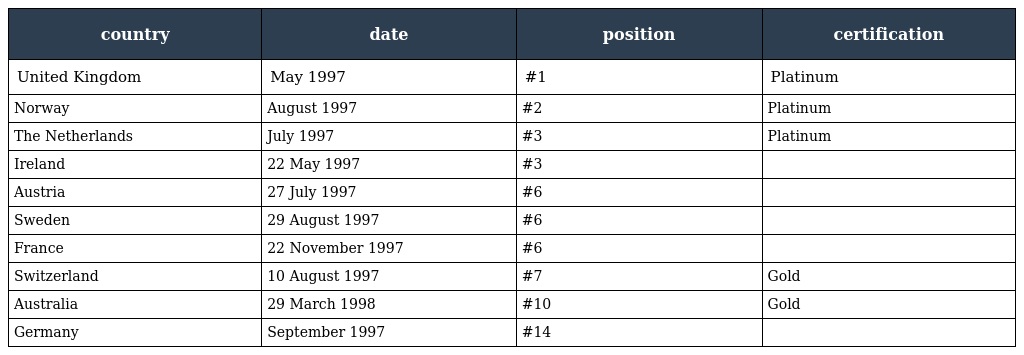
| country | date | position | certification |
 | --- | --- | --- | --- |
 | United Kingdom | May 1997 | #1 | Platinum |
 | Norway | August 1997 | #2 | Platinum |
 | The Netherlands | July 1997 | #3 | Platinum |
 | Ireland | 22 May 1997 | #3 |  |
 | Austria | 27 July 1997 | #6 |  |
 | Sweden | 29 August 1997 | #6 |  |
 | France | 22 November 1997 | #6 |  |
 | Switzerland | 10 August 1997 | #7 | Gold |
 | Australia | 29 March 1998 | #10 | Gold |
 | Germany | September 1997 | #14 |  |